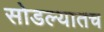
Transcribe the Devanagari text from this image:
सोडल्यातच